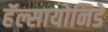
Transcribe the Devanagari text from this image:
हॅल्सायोनिडे